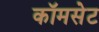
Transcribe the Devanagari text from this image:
कॉमसेट